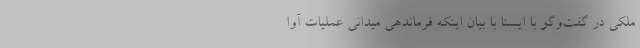
ملکی در گفت‌وگو با ایسنا با بیان اینکه فرماندهی میدانی عملیات آوا